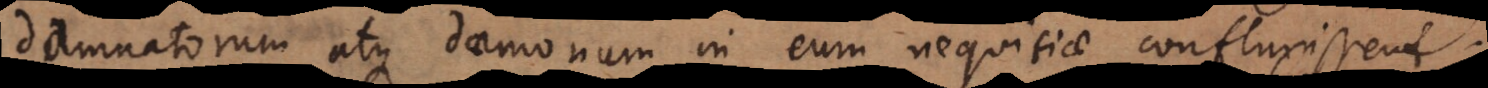
damnatorum atque daemonum in eum nequitiae confluxissent